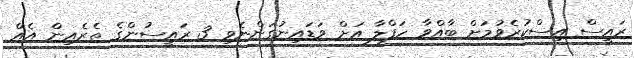
ރައީސް އިސްކުރެވުމަށް ބާއްވާ ހަފްލާ އަށް ވަޑައިނުގަންނެވި 3 ރައީސުންގެ ތެރެއިން އެއް